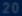
20^{\circ}